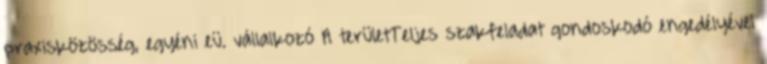
praxisközösség, egyéni eü. vállalkozó A területTeljes szakfeladat gondoskodó engedélyével